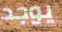
يوجد